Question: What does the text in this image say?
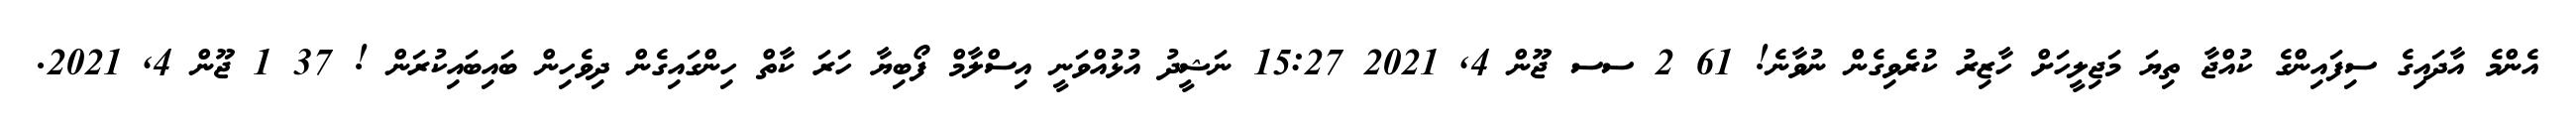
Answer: އެންމެ އާދައިގެ ސިފައިންގެ ކުއްޖާ ތިޔަ މަޖިލީހަށް ހާޒިރު ކުރެވިގެން ނުވާނެ! 61 2 ސސ ޖޫން 4, 2021 15:27 ނަޝީދު އުޅުއްވަނީ އިސްލާމް ފޯބިޔާ ހަރަ ކާތް ހިންގައިގެން ދިވެހިން ބައިބައިކުރަން ! 37 1 ޖޫން 4, 2021.